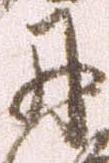
丹